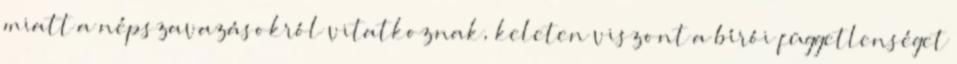
miatt a népszavazásokról vitatkoznak, keleten viszont a bírói függetlenséget